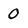
Character: 0